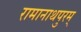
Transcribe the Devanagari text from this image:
रामानाथपुरम्